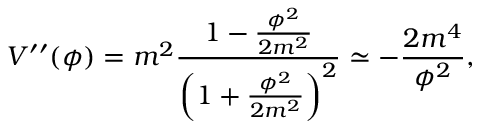
V ^ { \prime \prime } ( \phi ) = m ^ { 2 } \frac { 1 - \frac { \phi ^ { 2 } } { 2 m ^ { 2 } } } { \left( 1 + \frac { \phi ^ { 2 } } { 2 m ^ { 2 } } \right) ^ { 2 } } \simeq - \frac { 2 m ^ { 4 } } { \phi ^ { 2 } } ,